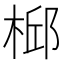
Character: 𣔆